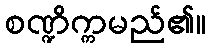
စဏ္ဍိက္ကမည်၏။